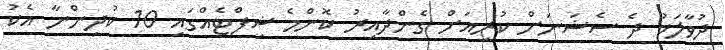
ދުވާލަކު ދެ ސެޝަނަށް ކުރިއަށް ގެންދާއިރު ކޮންމެ ޝިފްޓެއްގައި 10 ކުދިންނާ އެކު